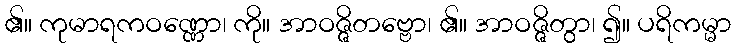
၏။ ကုမာရကဝဏ္ဏော၊ ကို။ အာဝဇ္ဇိတဗ္ဗော၊ ၏။ အာဝဇ္ဇိတွာ၊ ၍။ ပရိကမ္မာ